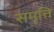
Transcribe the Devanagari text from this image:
समृत्ति